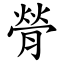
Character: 膋